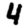
Digit: 4